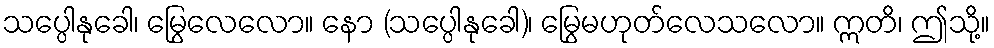
သပ္ပေါနုခေါ၊ မြွေလေလော။ နော (သပ္ပေါနုခေါ)၊ မြွေမဟုတ်လေသလော။ ဣတိ၊ ဤသို့။